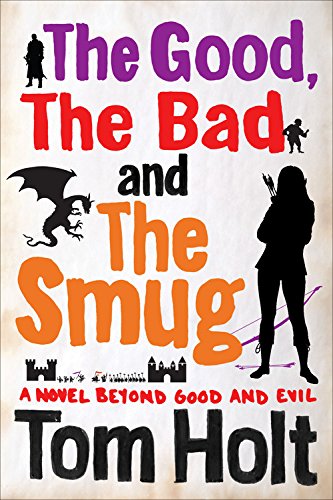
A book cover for The Good, The Bad and The Smug; Tom Holt; Science Fiction & Fantasy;